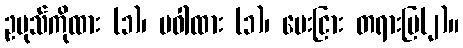
ဥပုသ်ကိုထား (၁)၊ ပဝါထား (၁)၊ မေးငြား တရားပြ(၂)။